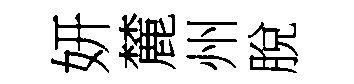
妍麓州脫